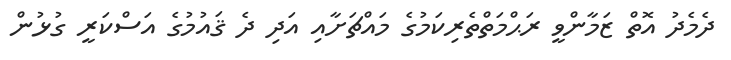
ދެމެދު އޮތް ޒަމާންވީ ރަޙްމަތްތެރިކަމުގެ މައްޗަށާއި އަދި ދެ ޤައުމުގެ އަސްކަރީ ގުޅުން